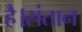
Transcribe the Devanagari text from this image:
है।संतान